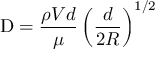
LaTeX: \mathrm { D } = { \frac { \rho V d } { \mu } } \left( { \frac { d } { 2 R } } \right) ^ { 1 / 2 }